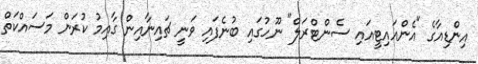
އިންޑިއާގެ "އެންއައިޓީއައި ސެންޓްރަލް" ނޫހުގައި ބުނެފައި ވަނީ ޗައިނާއިން ގާއިމު ކުރަން މަސައްކަތް